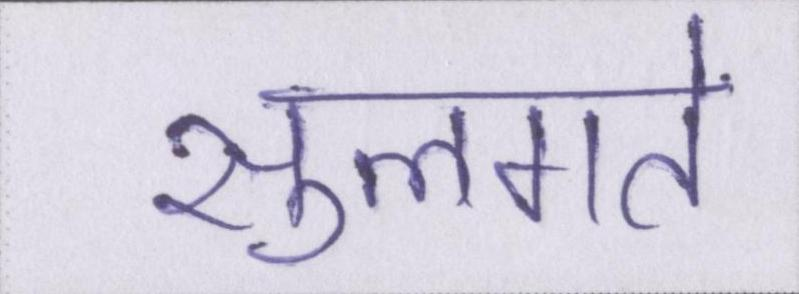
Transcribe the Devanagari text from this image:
सुलगते